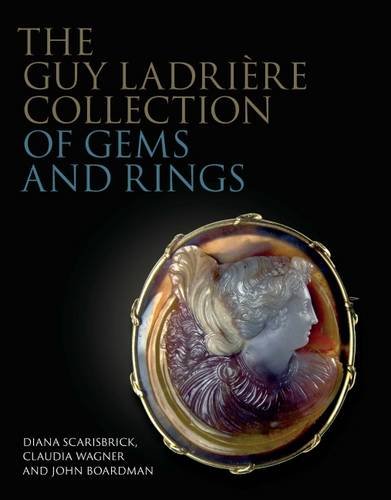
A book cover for The Guy LadriÃ¨re Collection of Gems and Rings (The Philip Wilson Gems and Jewellery Series); Diana Scarisbrick; Crafts, Hobbies & Home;